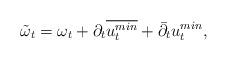
LaTeX: \begin{align*} \tilde{\omega}_t= \omega_t+ \partial_t \overline{u_t ^{min}} + \bar\partial_t u_t ^{min},\end{align*}